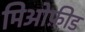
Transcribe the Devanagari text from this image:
मिओफ़ीड